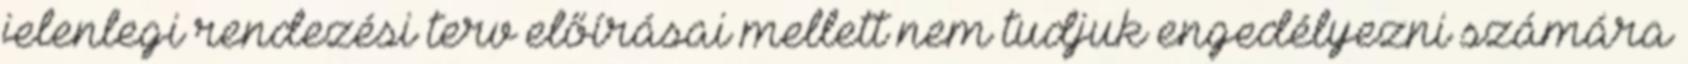
jelenlegi rendezési terv előírásai mellett nem tudjuk engedélyezni számára